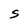
Character: S